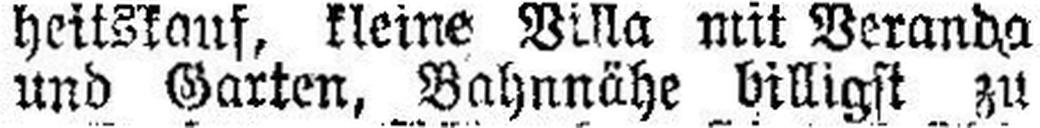
und Galten, Bahnnähe billigst zu